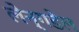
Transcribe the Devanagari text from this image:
लेन्गडेल